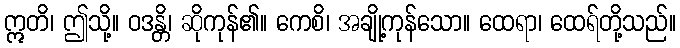
ဣတိ၊ ဤသို့။ ဝဒန္တိ၊ ဆိုကုန်၏။ ကေစိ၊ အချို့ကုန်သော။ ထေရာ၊ ထေရ်တို့သည်။